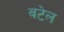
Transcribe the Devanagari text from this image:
वटेल